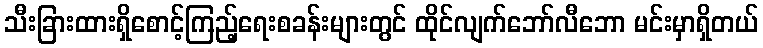
သီးခြားထားရှိစောင့်ကြည့်ရေးစခန်းများတွင် ထိုင်လျက်ဘော်လီဘော မင်းမှာရှိတယ်